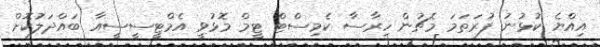
އިއްޔެ ކުޅުނު ފުރަތަމަ މެޗުން ހިރާސާ ކެމިސްޓް ޓީމް މޮޅުވީ އެމްޓީސީސީއާ ބައްދަލުކޮށް